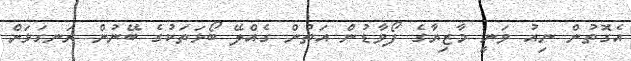
އެގޮތުން ނިއު ވަނީ މާޒިޔާގެ ފޯވާޑުން އަތުން ގެއްލޭ ބޯޅަތަކުގެ ބޭނުން ރަނގަޅަށް